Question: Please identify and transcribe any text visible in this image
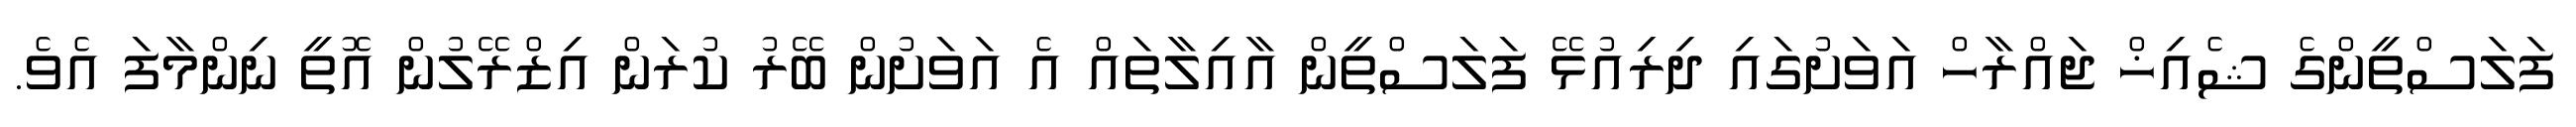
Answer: ފަލަސްތީންގެ ޝެއިޚް ޖައްރާހް އަވަށުގައި ދިރިއުޅޭ ފަލަސްތީން އާއިލާތައް އެ އަވަށުން ބޭރު ކުރަން އިޒްރޭލުން އޮތީ ނިންމާފަ އެވެ.